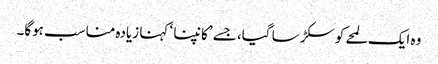
وہ ایک لمحے کو سکڑ سا گیا، جسے ’کانپنا ‘ کہنا زیادہ مناسب ہوگا۔